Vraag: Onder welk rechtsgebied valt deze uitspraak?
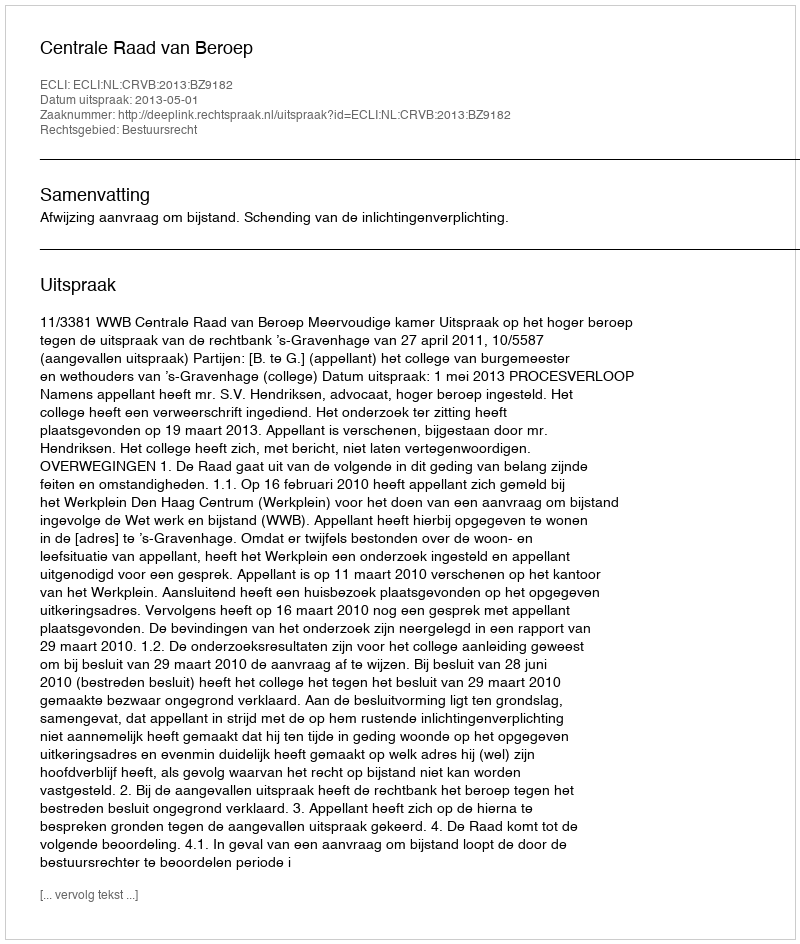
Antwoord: Bestuursrecht